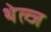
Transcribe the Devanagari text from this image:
थेल्ज